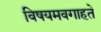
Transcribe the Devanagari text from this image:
विषयमवगाहते